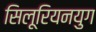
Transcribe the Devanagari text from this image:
सिलूरियनयुग